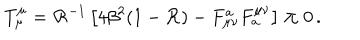
T _ { \mu } ^ { \mu } = { \cal { R } } ^ { - 1 } \left[ 4 \beta ^ { 2 } ( 1 - { \cal { R } } ) - F _ { \mu \nu } ^ { a } F _ { a } ^ { \mu \nu } \right] \neq 0 \, .